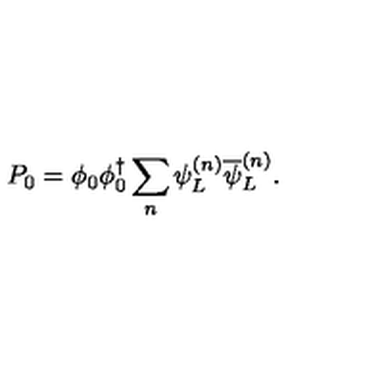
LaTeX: P _ { 0 } = \phi _ { 0 } \phi _ { 0 } ^ { \dagger } \sum _ { n } \psi _ { L } ^ { ( n ) } \overline { { \psi } } _ { L } ^ { ( n ) } .